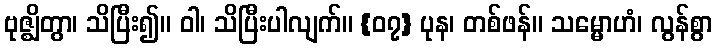
ဗုဇ္ဈိတွာ၊ သိပြီး၍။ ဝါ၊ သိပြီးပါလျက်။ {၀၇} ပုန၊ တစ်ဖန်။ သမ္မောဟံ၊ လွန်စွာ